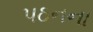
પઠનના